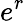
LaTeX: e^{r}